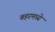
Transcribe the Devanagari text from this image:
बहरमध्ये